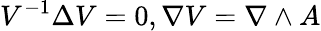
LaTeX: V^{-1}\Delta V=0,\nabla V=\nabla\wedge A